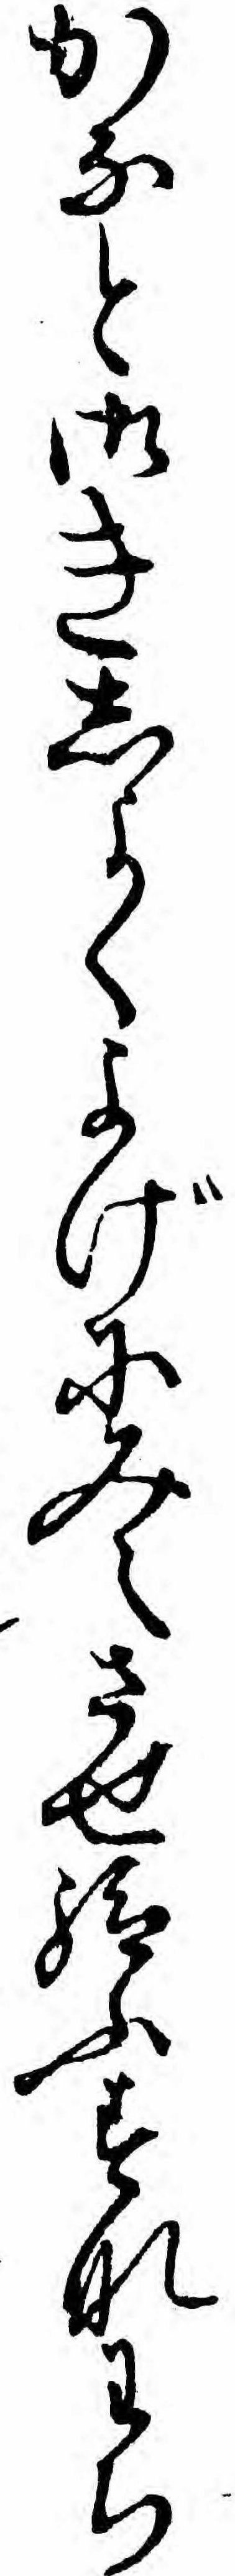
かなと御きしよくよげにみえさせ給ふすなわち